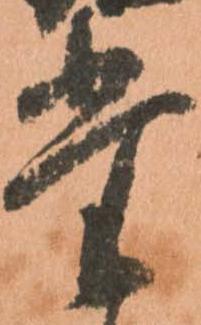
堂